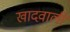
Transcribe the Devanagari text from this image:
खादवाली